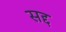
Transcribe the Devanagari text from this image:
सद्द